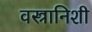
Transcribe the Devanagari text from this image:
वस्त्रानिशी